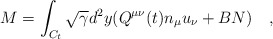
\begin{align*}{M}=\int_{C_t}\sqrt{\gamma}d^2y (Q^{\mu\nu}(t)n_\mu u_\nu+B N)~~~,\end{align*}